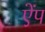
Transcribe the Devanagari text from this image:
ऐंप